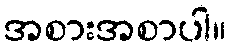
အစားအစာပါ။